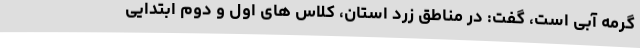
گرمه آبی است، گفت: در مناطق زرد استان، کلاس های اول و دوم ابتدایی